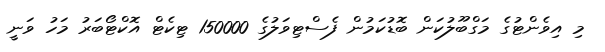
މި އިވެންޓުގެ މަގްބޫލުކަން ބޮޑުކަމުން ފެސްޓިވަލުގެ 150000 ޓިކެޓް އޮކްޓޯބަރު މަހު ވަނީ